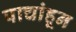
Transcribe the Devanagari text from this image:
पाचांहून